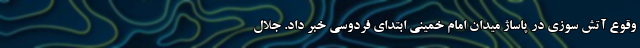
وقوع آتش سوزی در پاساژ میدان امام خمینی ابتدای فردوسی خبر داد. جلال